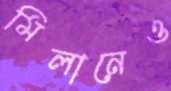
মিলানেও